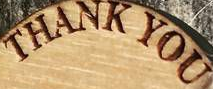
THANK YOU